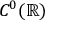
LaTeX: C ^ { 0 } ( \mathbb { R } )